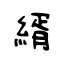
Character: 縃